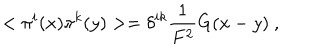
LaTeX: < \pi ^ { i } ( x ) \pi ^ { k } ( y ) > = \delta ^ { i k } \frac { 1 } { F ^ { 2 } } G ( x - y ) \ ,